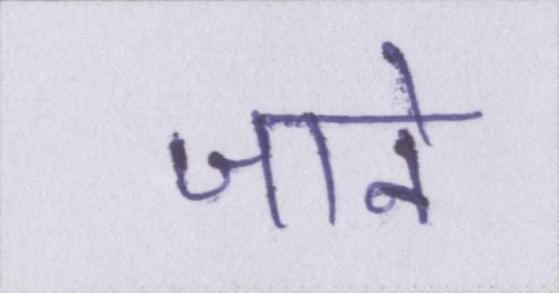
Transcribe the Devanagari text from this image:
जाने